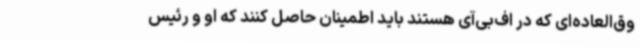
وق‌العاده‌ای که در اف‌بی‌آی هستند باید اطمینان حاصل کنند که او و رئیس